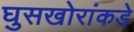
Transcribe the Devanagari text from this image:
घुसखोरांकडे